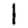
Digit: 1